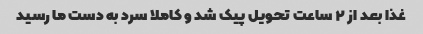
غذا بعد از ۲ ساعت تحویل پیک شد و کاملا سرد به دست ما رسید